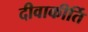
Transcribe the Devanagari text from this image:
दीवाकीर्ति